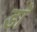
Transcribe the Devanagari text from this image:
डाॅॅ